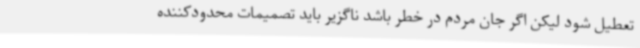
تعطیل شود لیکن اگر جان مردم در خطر باشد ناگزیر باید تصمیمات محدودکننده